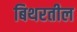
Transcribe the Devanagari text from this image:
बिथरतील